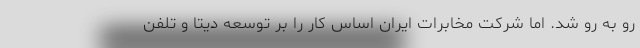
رو به رو شد. اما شرکت مخابرات ایران اساس کار را بر توسعه دیتا و تلفن